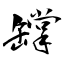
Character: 罉